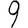
Digit: 9